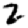
Digit: 2